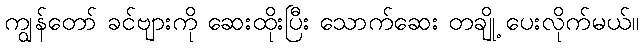
ကျွန်တော် ခင်ဗျားကို ဆေးထိုးပြီး သောက်ဆေး တချို့ ပေးလိုက်မယ်။